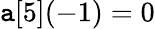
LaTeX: \mathtt{a}[5](-1)=0